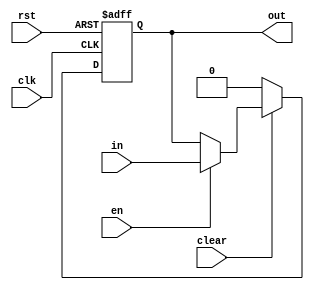
module dff (in, en, clear, clk, rst, out);

input clk, en, rst, clear;
input in;
output reg out;

always @(posedge clk or posedge rst) 
begin
    if (rst) //asynchronous reset
        out <= 0;
    else if (!clear) //synchronous with clk
        out <= 0;
    else if (en)
        out <= in;        
end

endmodule